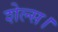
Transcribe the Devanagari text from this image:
शेल्स।